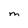
Character: M